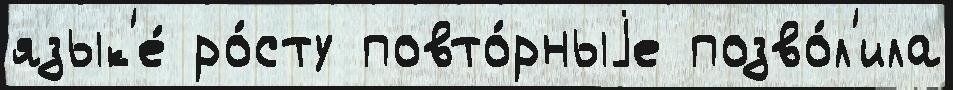
язык'е́ ро́сту повто́рныjе позво́л'ила